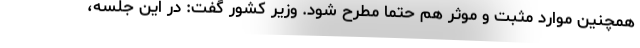
همچنین موارد مثبت و موثر هم حتما مطرح شود. وزیر کشور گفت: در این جلسه،